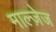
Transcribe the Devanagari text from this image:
माल्ज़ेज